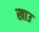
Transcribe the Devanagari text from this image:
खाउ